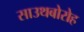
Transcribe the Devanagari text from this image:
साउथबोरोह